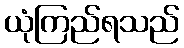
ယုံကြည်ရသည်